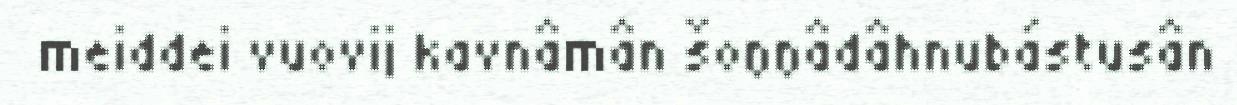
meiddei vuovij kavnâmân šoŋŋâdâhnubástusân